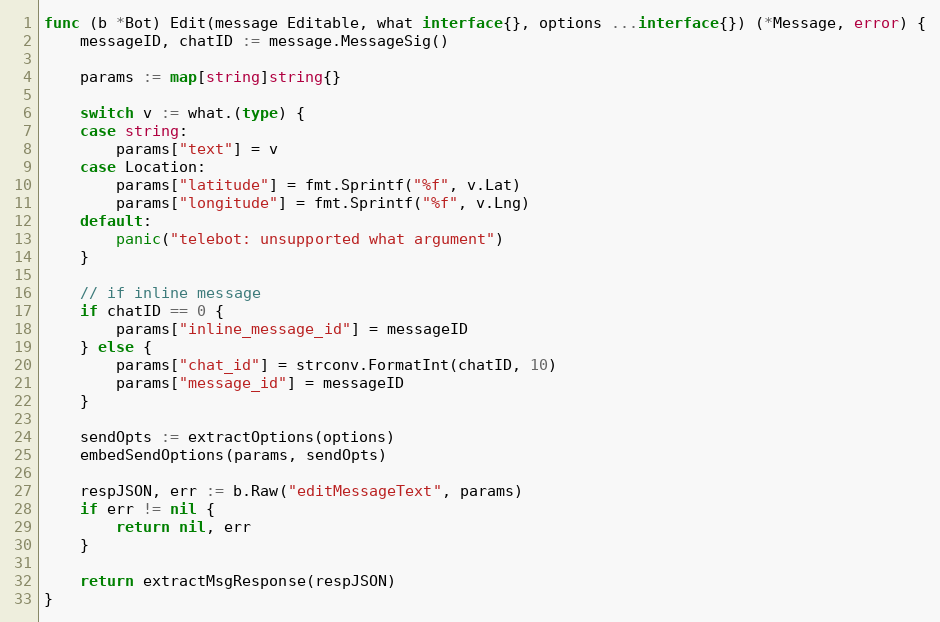
Language: Go
func (b *Bot) Edit(message Editable, what interface{}, options ...interface{}) (*Message, error) {
	messageID, chatID := message.MessageSig()

	params := map[string]string{}

	switch v := what.(type) {
	case string:
		params["text"] = v
	case Location:
		params["latitude"] = fmt.Sprintf("%f", v.Lat)
		params["longitude"] = fmt.Sprintf("%f", v.Lng)
	default:
		panic("telebot: unsupported what argument")
	}

	// if inline message
	if chatID == 0 {
		params["inline_message_id"] = messageID
	} else {
		params["chat_id"] = strconv.FormatInt(chatID, 10)
		params["message_id"] = messageID
	}

	sendOpts := extractOptions(options)
	embedSendOptions(params, sendOpts)

	respJSON, err := b.Raw("editMessageText", params)
	if err != nil {
		return nil, err
	}

	return extractMsgResponse(respJSON)
}